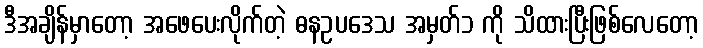
ဒီအချိန်မှာတော့ အဖေပေးလိုက်တဲ့ ဓနဥပဒေသ အမှတ်၁ ကို သိထားပြီးဖြစ်လေတော့